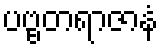
ပဗ္ဗတရာဇာနံ